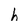
Character: h